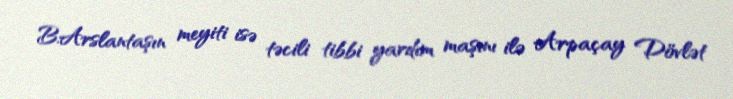
B.Arslantaşın meyiti isə təcili tibbi yardım maşını ilə Arpaçay Dövlət